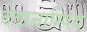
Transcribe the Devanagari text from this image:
देवानाम्पिय